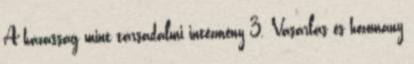
A házasság mint társadalmi intézmény 3. Vásárlás és hozomány